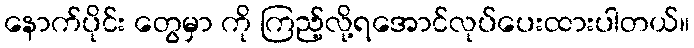
နောက်ပိုင်း တွေမှာ ကို ကြည့်လို့ရအောင်လုပ်ပေးထားပါတယ်။